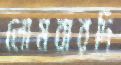
লোমবারদি